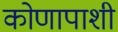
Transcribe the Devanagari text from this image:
कोणापाशी